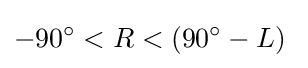
-90^{\circ }<R<(90^{\circ }-L)~